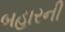
બહારની